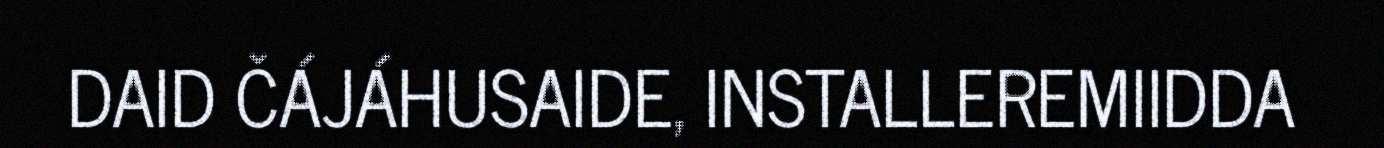
DAID ČÁJÁHUSAIDE, INSTALLEREMIIDDA